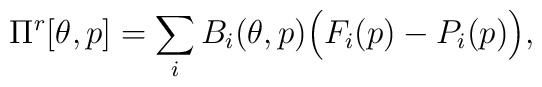
\Pi^r[\theta,p] = \sum\limits_i B_i(\theta,p) \Big(F_i(p) - P_i(p)\Big),